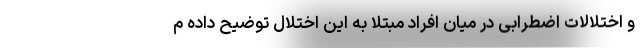
و اختلالات اضطرابی در میان افراد مبتلا به این اختلال توضیح داده م